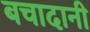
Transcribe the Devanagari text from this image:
बचादानी